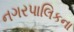
નગરપાલિકના